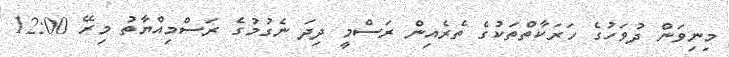
މިނިވަން ދުވަހުގެ ހަރަކާތްތަކުގެ ތެރެއިން ރަސްމީ ދިދަ ނެގުމުގެ ރަސްމިއްޔާތު މިރޭ 12:00